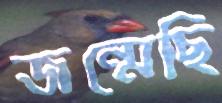
জন্মেছি